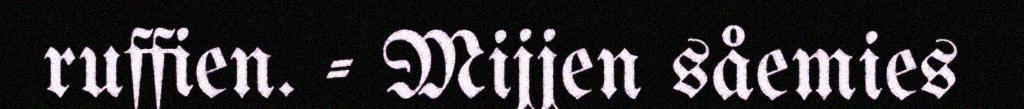
ruffien. - Mijjen såemies